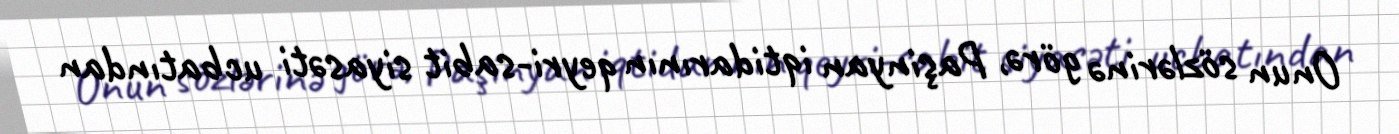
Onun sözlərinə görə, Paşinyan iqtidarının qeyri-sabit siyasəti ucbatından